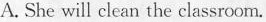
A. She will clean the classroom.